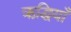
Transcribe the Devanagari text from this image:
ऋद्धियाँ